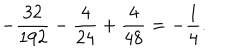
- \frac { 3 2 } { 1 9 2 } - \frac { 4 } { 2 4 } + \frac { 4 } { 4 8 } = - \frac { 1 } { 4 } .